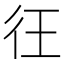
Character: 彺